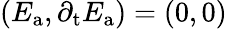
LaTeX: \left(E_{\mathrm{a}},\partial_{\mathrm{t}}E_{\mathrm{a}}\right)=\left(0,0\right)